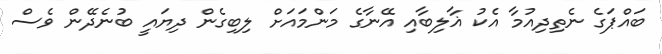
ބައްޕަގެ ނެތިދިއުމާ އެކު ޣާލިބާއި އޭނާގެ މަންމައަށް ލިބިގެން ދިޔައީ ބުނެދޭން ވެސް